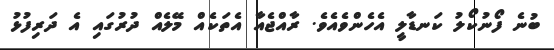
ބުނެ ފޯނުކޯލު ކަނޑާލީ އެހެންވެއެވެ. ރާއްޖެއާ އެތަކެއް މޭލެއް ދުރުގައި އެ ދަރިފުޅު